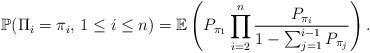
LaTeX: \begin{align*}\mathbb{P}(\Pi_i = \pi_i, \,1 \le i \le n) = \mathbb{E} \left(P_{\pi_1} \prod_{i=2}^{n} \frac{P_{\pi_i}}{1-\sum_{j=1}^{i-1} P_{\pi_j}} \right).\end{align*}